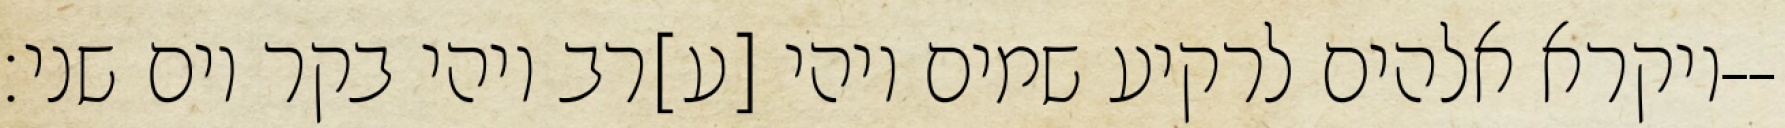
ויקרא אלהים לרקיע שמים ויהי [ע]רב ויהי בקר יום שני׃--